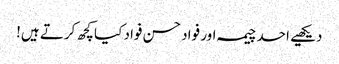
دیکھیے احد چیمہ اور فواد حسن فواد کیا کچھ کرتے ہیں!